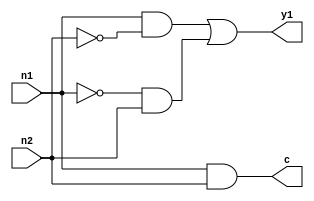
/* ----- ----- ----- ----- ----- -----
	Design: 1bit half-adder
 	Filename: half_adder_1bit.v
	Coder: Gabriel Maruschi
 	Versions: /july_2024/
	----- ----- ----- ----- ----- -----
*/ 

module half_adder_1bit (y1, c, n1, n2);
output y1, c;
input n1, n2;

assign y1 = (n1 & (~n2)) | ((~n1) & n2);
assign c = n1 & n2;
endmodule